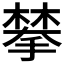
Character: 𫽷